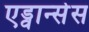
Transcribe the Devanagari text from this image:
एड्वान्सेस